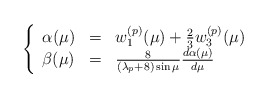
\begin{align*}\left\{\begin{array}{lll}\alpha(\mu) & = & w_1^{(p)}(\mu) + \frac{2}{3}w_3^{(p)}(\mu)\\\beta(\mu)& = & \frac{8}{(\lambda_{p} +8)\sin \mu}\frac{d\alpha(\mu)}{d\mu}\end{array}\right.\end{align*}